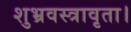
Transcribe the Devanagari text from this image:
शुभ्रवस्त्रावृता।